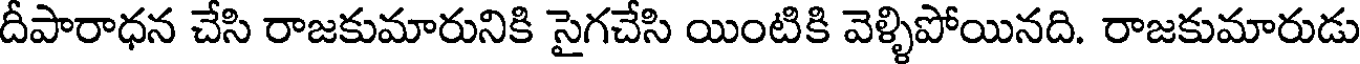
దీపారాధన చేసి రాజకుమారునికి సైగచేసి యింటికి వెళ్ళిపోయినది. రాజకుమారుడు